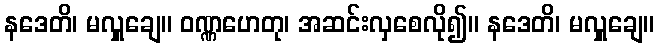
နဒေတိ၊ မလှူချေ။ ဝဏ္ဏဟေတု၊ အဆင်းလှစေလို၍။ နဒေတိ၊ မလှူချေ။